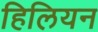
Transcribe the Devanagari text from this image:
हिलियन